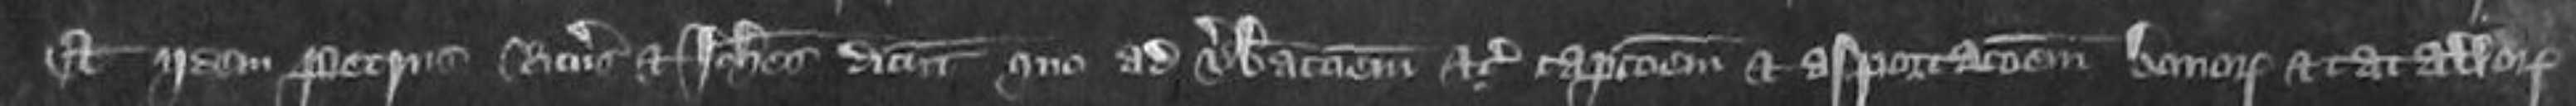
Et iidem Petrus Ricardus et Johannes dicunt quo ad verberationem et captionem et asportationem bonorum et catallorum